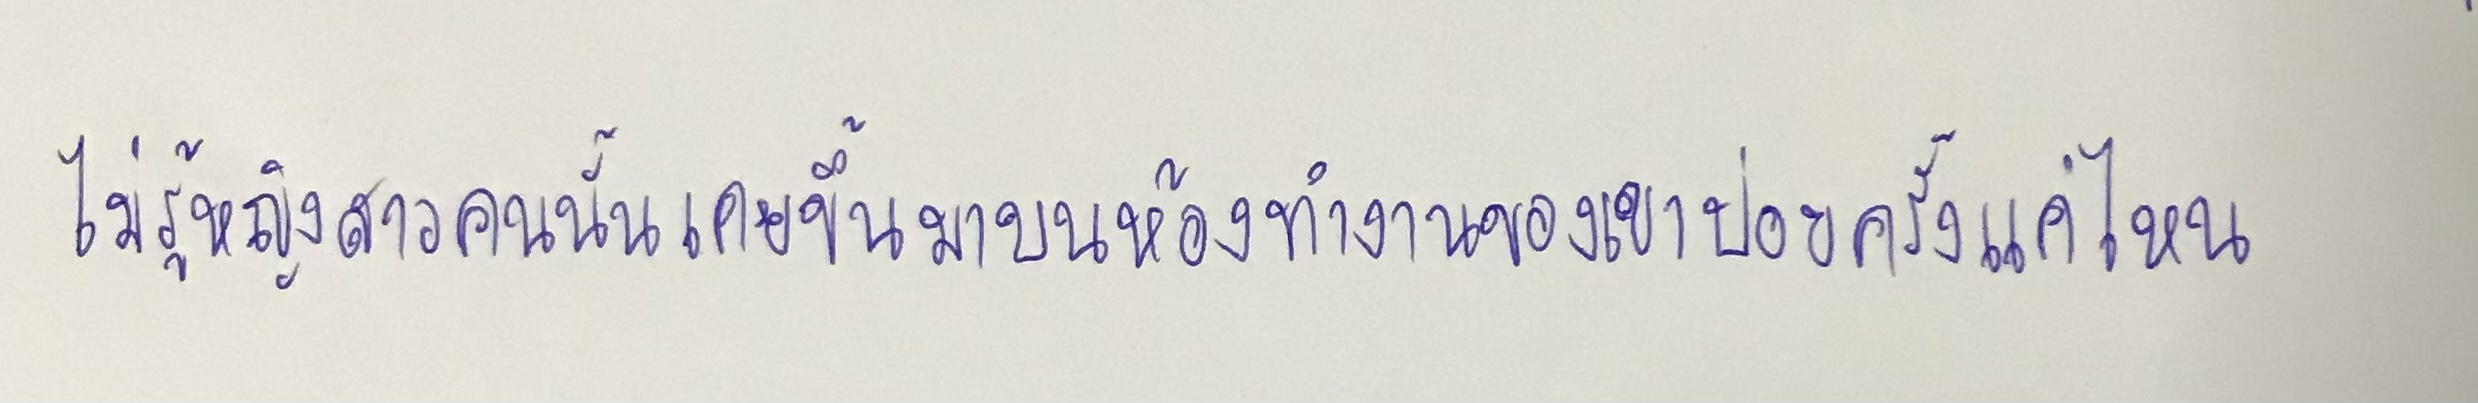
ไม่รู้หญิงสาวคนนั้นเคยขึ้นมาบนห้องทำงานของเขาบ่อยครั้งแค่ไหน